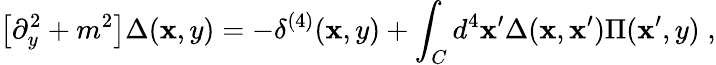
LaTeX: \big[\partial_{y}^{2}+m^{2}\big]\Delta(\mathbf{x},y)=-\delta^{(4)}(\mathbf{x},y)+\int_{C}d^{4}\mathbf{x}^{\prime}\Delta(\mathbf{x},\mathbf{x}^{\prime})\Pi(\mathbf{x}^{\prime},y)\; ,